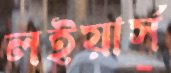
লইয়ার্স